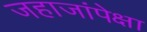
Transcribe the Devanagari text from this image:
जहाजांपेक्षा